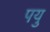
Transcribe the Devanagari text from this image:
पयु